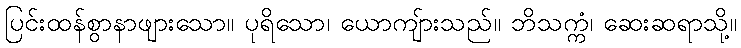
ပြင်းထန်စွာနာဖျားသော။ ပုရိသော၊ ယောကျ်ားသည်။ ဘိသက္ကံ၊ ဆေးဆရာသို့။